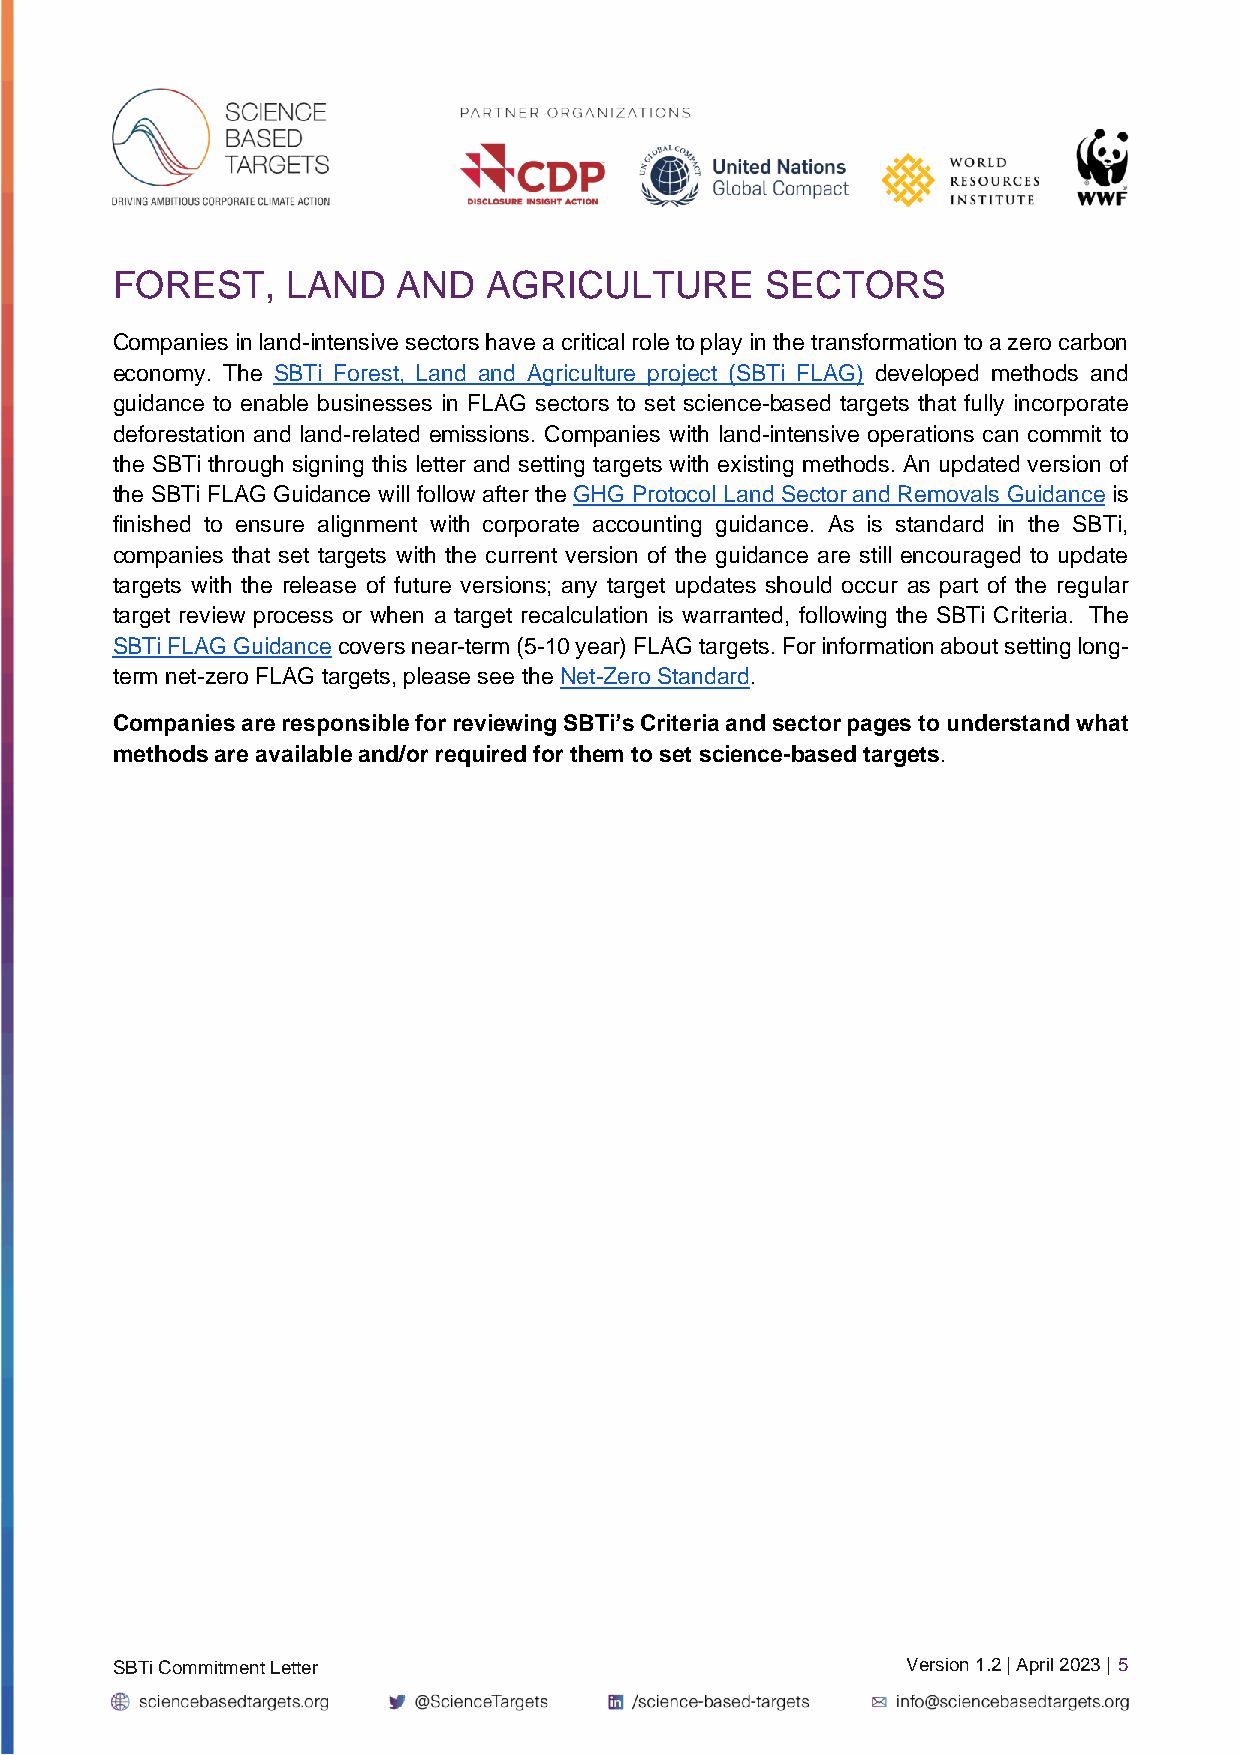
FOREST,     LAND   AND   AGRICULTURE        SECTORS
 Companies in land-intensive sectors have a critical role to play in the transformation to a zero carbon
 economy. The SBTi Forest, Land and Agriculture project (SBTi FLAG) developed methods and
 guidance to enable businesses in FLAG sectors to set science-based targets that fully incorporate
 deforestation and land-related emissions. Companies with land-intensive operations can commit to
 the SBTi through signing this letter and setting targets with existing methods. An updated version of
 the SBTi FLAG Guidance will follow after the GHG Protocol Land Sector and Removals Guidance is
 finished to ensure alignment with corporate accounting guidance. As is standard in the SBTi,
 companies that set targets with the current version of the guidance are still encouraged to update
 targets with the release of future versions; any target updates should occur as part of the regular
 target review process or when a target recalculation is warranted, following the SBTi Criteria. The
 SBTi FLAG Guidance covers near-term (5-10 year) FLAG targets. For information about setting long-
 term net-zero FLAG targets, please see the Net-Zero Standard.
 Companies are responsible for reviewing SBTi’s Criteria and sector pages to understand what
 methods are available and/or required for them to set science-based targets.
 SBTi Commitment Letter                               Version 1.2 | April 2023 | 5